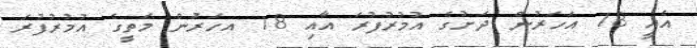
އެއީ 18 އަހަރުން ދަށުގެ އުމުރުފުރަ އާއި 18 އހަރަުން މަތީގެ އުމުރުފުރަ